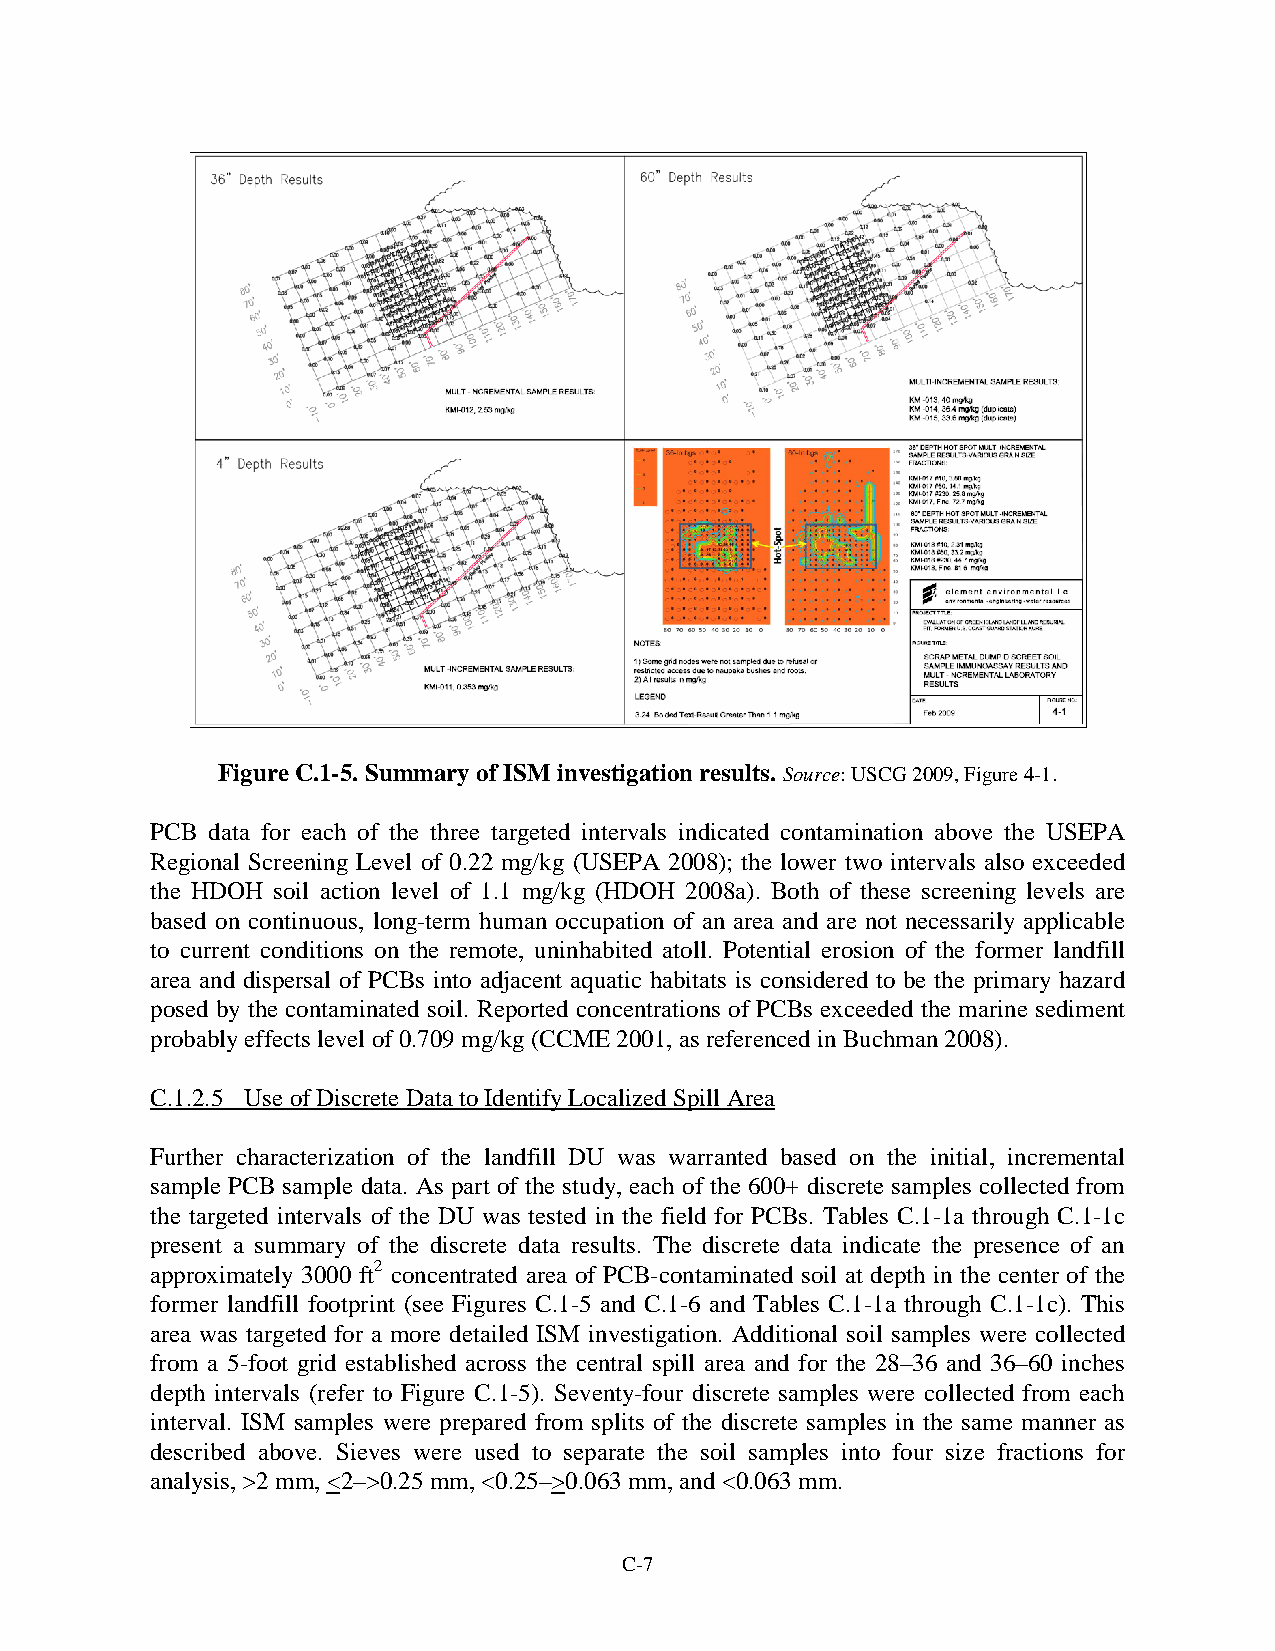
Figure C.1-5. Summary of ISM investigation results. Source: USCG 2009, Figure 4-1.
 PCB data for each of the three targeted intervals indicated contamination above the USEPA
 Regional Screening Level of 0.22 mg/kg (USEPA 2008); the lower two intervals also exceeded
 the HDOH soil action level of 1.1 mg/kg (HDOH 2008a). Both of these screening levels are
 based on continuous, long-term human occupation of an area and are not necessarily applicable
 to current conditions on the remote, uninhabited atoll. Potential erosion of the former landfill
 area and dispersal of PCBs into adjacent aquatic habitats is considered to be the primary hazard
 posed by the contaminated soil. Reported concentrations of PCBs exceeded the marine sediment
 probably effects level of 0.709 mg/kg (CCME 2001, as referenced in Buchman 2008).
 C.1.2.5 Use of Discrete Data to Identify Localized Spill Area
 Further characterization of the landfill DU was warranted based on the initial, incremental
 sample PCB sample data. As part of the study, each of the 600+ discrete samples collected from
 the targeted intervals of the DU was tested in the field for PCBs. Tables C.1-1a through C.1-1c
 present a summary of the discrete data results. The discrete data indicate the presence of an
 approximately 3000 ft2 concentrated area of PCB-contaminated soil at depth in the center of the
 former landfill footprint (see Figures C.1-5 and C.1-6 and Tables C.1-1a through C.1-1c). This
 area was targeted for a more detailed ISM investigation. Additional soil samples were collected
 from a 5-foot grid established across the central spill area and for the 28–36 and 36–60 inches
 depth intervals (refer to Figure C.1-5). Seventy-four discrete samples were collected from each
 interval. ISM samples were prepared from splits of the discrete samples in the same manner as
 described above. Sieves were used to separate the soil samples into four size fractions for
 analysis, >2 mm, <2–>0.25 mm, <0.25–>0.063 mm, and <0.063 mm.
 C-7